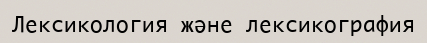
Лексикология және лексикография